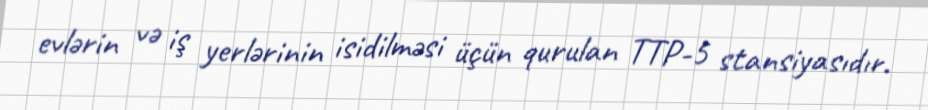
evlərin və iş yerlərinin isidilməsi üçün qurulan TTP-5 stansiyasıdır.